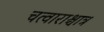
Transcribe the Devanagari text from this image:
चत्वाराश्चात्र